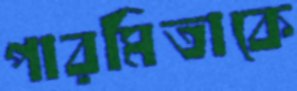
পারমিতাকে